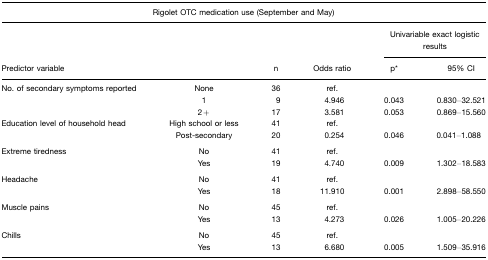
<table><thead><tr><td colspan="6"><b>Rigolet OTC medication use (September and May)</b></td></tr><tr><td></td><td></td><td></td><td></td><td colspan="2"><b>Univariable exact logistic results</b></td></tr><tr><td><b>Predictor variable</b></td><td></td><td><b>n</b></td><td><b>Odds ratio</b></td><td><b>p*</b></td><td><b>95% CI</b></td></tr></thead><tbody><tr><td>No. of secondary symptoms reported</td><td>None</td><td>36</td><td>ref.</td><td></td><td></td></tr><tr><td></td><td>1</td><td>9</td><td>4.946</td><td>0.043</td><td>0.830–32.521</td></tr><tr><td></td><td>2+</td><td>17</td><td>3.581</td><td>0.053</td><td>0.869–15.560</td></tr><tr><td>Education level of household head</td><td>High school or less</td><td>41</td><td>ref.</td><td></td><td></td></tr><tr><td></td><td>Post-secondary</td><td>20</td><td>0.254</td><td>0.046</td><td>0.041–1.088</td></tr><tr><td>Extreme tiredness</td><td>No</td><td>41</td><td>ref.</td><td></td><td></td></tr><tr><td></td><td>Yes</td><td>19</td><td>4.740</td><td>0.009</td><td>1.302–18.583</td></tr><tr><td>Headache</td><td>No</td><td>41</td><td>ref.</td><td></td><td></td></tr><tr><td></td><td>Yes</td><td>18</td><td>11.910</td><td>0.001</td><td>2.898–58.550</td></tr><tr><td>Muscle pains</td><td>No</td><td>45</td><td>ref.</td><td></td><td></td></tr><tr><td></td><td>Yes</td><td>13</td><td>4.273</td><td>0.026</td><td>1.005–20.226</td></tr><tr><td>Chills</td><td>No</td><td>45</td><td>ref.</td><td></td><td></td></tr><tr><td></td><td>Yes</td><td>13</td><td>6.680</td><td>0.005</td><td>1.509–35.916</td></tr></tbody></table>